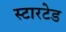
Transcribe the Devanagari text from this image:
स्टारटेड